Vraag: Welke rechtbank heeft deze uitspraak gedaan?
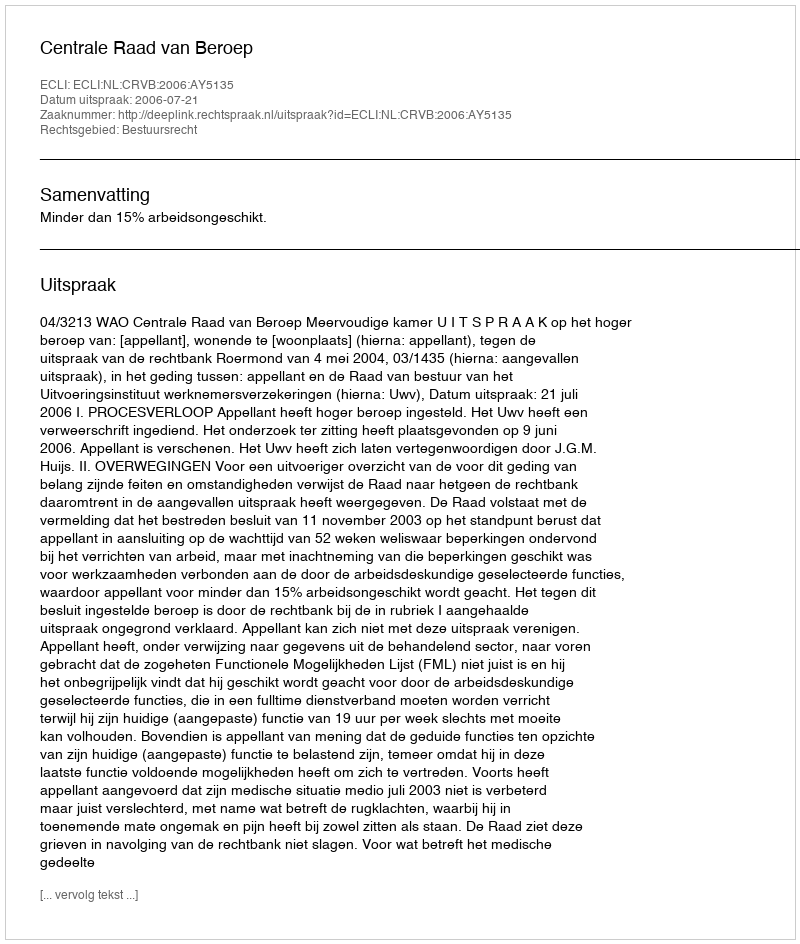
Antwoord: Centrale Raad van Beroep